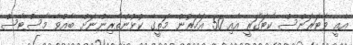
އެއީ ވެޓަރަންސް ކެޓަގަރީ އާއި 50 އަހަރުން މަތީގެ ކުޅުންތެރިންނަށް ބާއްވާ މާސްޓާސް